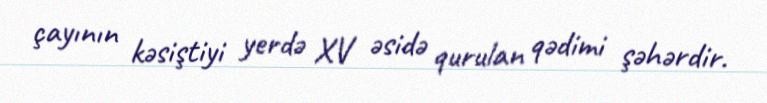
çayının kəsiştiyi yerdə XV əsidə qurulan qədimi şəhərdir.